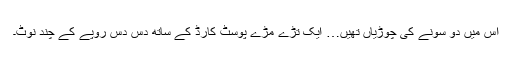
اس میں دو سونے کی چوڑیاں تھیں… ایک تڑے مڑے پوسٹ کارڈ کے ساتھ دس دس روپے کے چند نوٹ۔